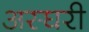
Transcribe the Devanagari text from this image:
अस्घरी